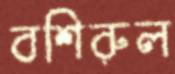
বশিরুল